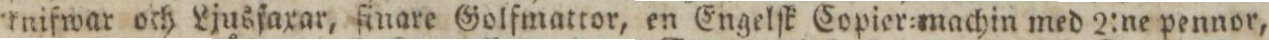
knifwar och Ljusfaxar, ſinare Golfmattor, en Engelſk Copier=machin med 2:ne pennor,